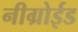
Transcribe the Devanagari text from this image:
नीग्रोईड